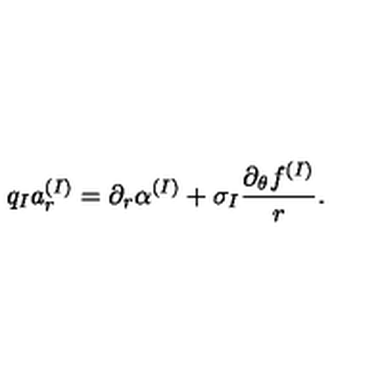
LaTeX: q _ { I } a _ { r } ^ { ( I ) } = \partial _ { r } \alpha ^ { ( I ) } + \sigma _ { I } \frac { \partial _ { \theta } f ^ { ( I ) } } { r } .